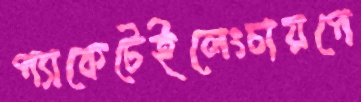
প্যাকেটেইলেংচায়পে